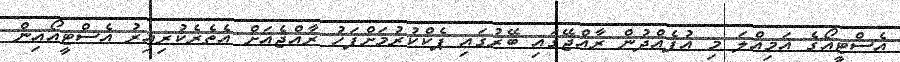
އެސްޓީއޯގެ އަމިއްލަ މި އުފެއްދުން ރާއްޖޭގައި ބޭރުގައި ޕެކްކުރުމަށްފަހު ރާއްޖެއަށް އެތެރެކުރިއިރު އެސްޓީއޯއިން